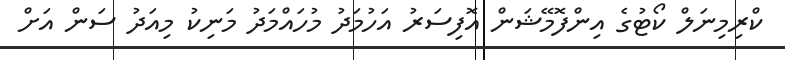
ކްރިމިނަލް ކޯޓުގެ އިންފޮމޭޝަން އޮފިސަރު އަހުމަދު މުހައްމަދު މަނިކު މިއަދު ސަން އަށް